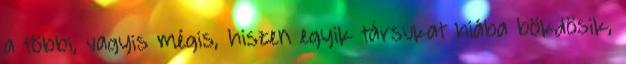
a többi, vagyis mégis, hiszen egyik társukat hiába bökdösik,